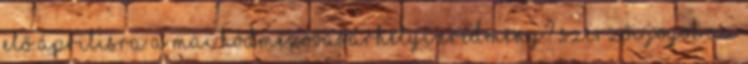
elő áprilisra a mai hódmezővásárhelyi eredmény? Szerzői jogok Az